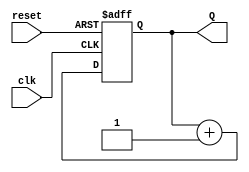
`timescale 1ns / 1ps



module counter8bit(clk , reset , Q );
    
    input clk , reset ;
    
    output reg [7:0] Q ;
    
    always @ (posedge clk or negedge reset) begin 
        
        if(!reset)
            Q <= 'b0 ;
        else 
            Q <= Q + 1 ;  
    end   
    
endmodule